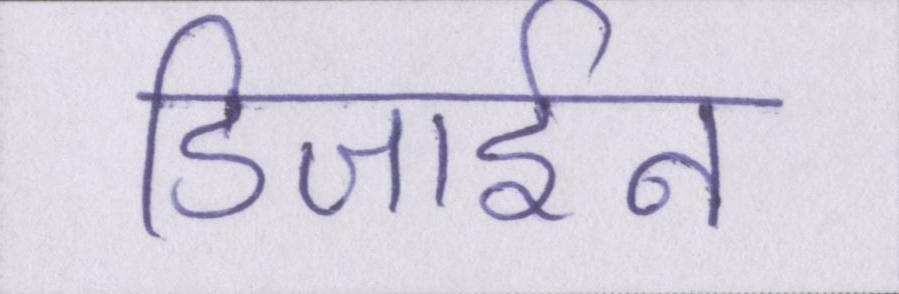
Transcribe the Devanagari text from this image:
डिजाईन